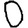
Digit: 0